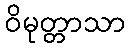
ဝိမုတ္တာသာ